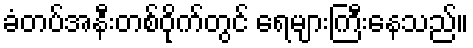
ခံတပ်အနီးတစ်ဝိုက်တွင် ရေများကြီးနေသည်။